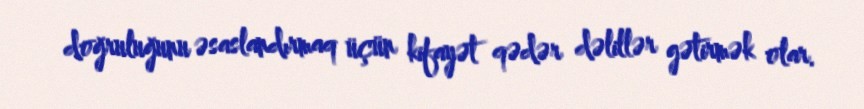
doğruluğunu əsaslandırmaq üçün kifayət qədər dəlillər gətirmək olar.